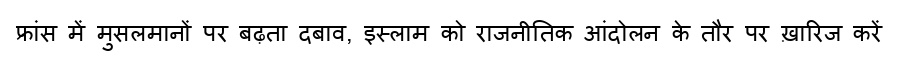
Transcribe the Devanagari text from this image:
फ्रांस में मुसलमानों पर बढ़ता दबाव, इस्लाम को राजनीतिक आंदोलन के तौर पर ख़ारिज करें